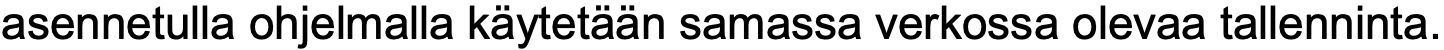
asennetulla ohjelmalla käytetään samassa verkossa olevaa tallenninta.